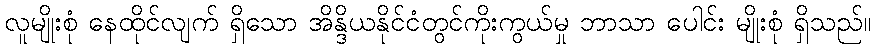
လူမျိုးစုံ နေထိုင်လျက် ရှိသော အိန္ဒိယနိုင်ငံတွင်ကိုးကွယ်မှု ဘာသာ ပေါင်း မျိုးစုံ ရှိသည်။